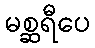
မစ္ဆရီပေ